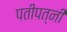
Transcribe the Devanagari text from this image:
पतीपत्‍नी